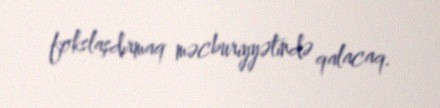
fokslaşdırmaq məcburiyyətində qalacaq.